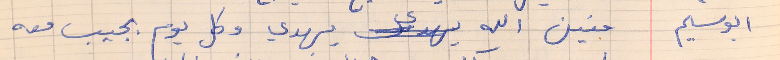
ابو سليم     منين الله يهدي وكل يوم بجيب معه